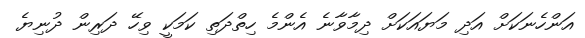
އަންހެނަަކަށް އަދި މަޔައަކަށް ދިމާވާނެ އެންމެ ހިތްދަތި ކަމަކީ ވިހޭ ދަރިން ދުނިޔެ